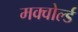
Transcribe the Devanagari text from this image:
मक्वोर्ल्ड